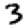
Digit: 3